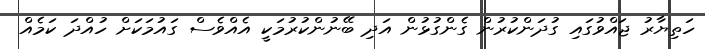
ހަތިޔާރު ޖައްވުގައި ގުދަންކުރުން ގެންގުޅުން އަދި ބޭނުންކުރުމަކީ އެއްވެސް ގައުމަކަށް ހުއްދަ ކަމެއް